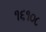
૧૬૧૦૮